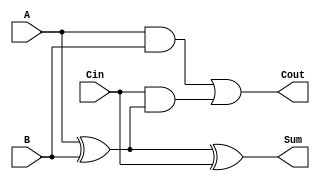
module low_power_full_adder (
    input  wire A,    // First input bit
    input  wire B,    // Second input bit
    input  wire Cin,  // Carry input bit
    output wire Sum,   // Output sum bit
    output wire Cout   // Carry output bit
);
    // Intermediate signals
    wire AxorB;       // A XOR B

    // Compute Sum = A XOR B XOR Cin
    assign AxorB = A ^ B;
    assign Sum = AxorB ^ Cin;

    // Compute Cout = (A AND B) OR (Cin AND (A XOR B))
    assign Cout = (A & B) | (Cin & AxorB);
    
endmodule